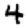
Digit: 4